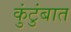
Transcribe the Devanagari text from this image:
कुंटुंबात